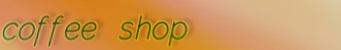
coffee shop